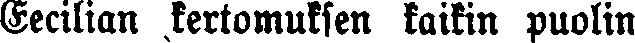
Cecilian kertomuksen kaikin puolin